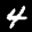
Label: 4